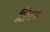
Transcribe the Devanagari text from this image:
जिरम